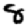
Digit: 8